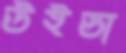
উইডা